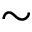
\sim